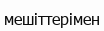
мешіттерімен